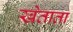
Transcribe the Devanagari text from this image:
खेताता